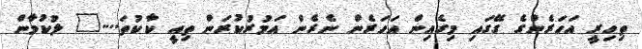
ތިހިރީ އަހަރެންގެ ގޭގައި މިގެއިން އަހަރެން ނެރެން އަމުރުކުރަން ތިއީ ކާކުތަ...." ލުކުމާން